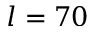
l = 7 0